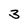
Character: 3